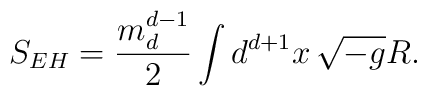
S_{EH}=\frac{m_d^{d-1}}{2}\int d^{d+1}x\,\sqrt{-g}R.